Indian journal of veterinary science and animal husbandry - Volume 3,
Year: 1933
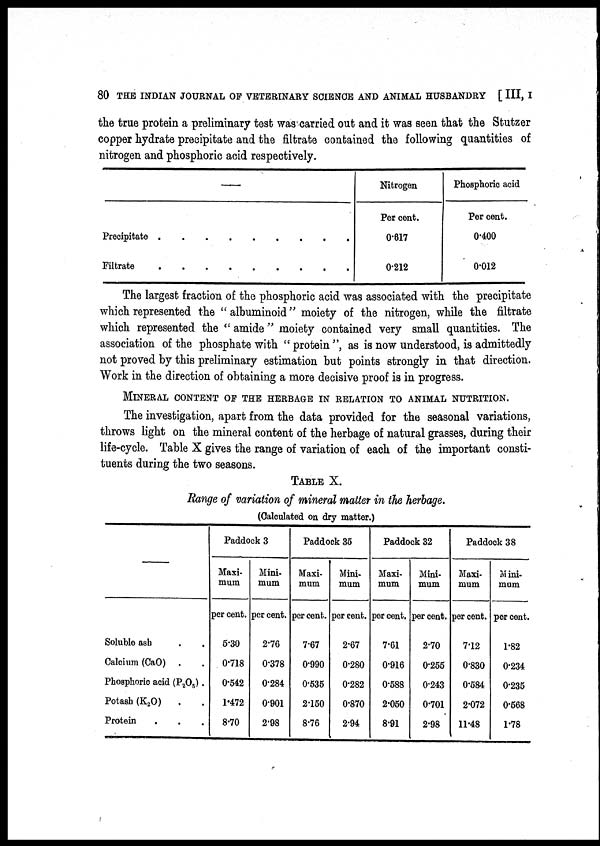
80 THE INDIAN JOURNAL OF VETERINARY SCIENCE AND ANIMAL HUSBANDRY [ III, I
the true protein a preliminary test was carried out and it was seen that the Stutzer
copper hydrate precipitate and the filtrate contained the following quantities of
nitrogen and phosphoric acid respectively.
—
Precipitate.........
Filtrate.........
Nitrogen
Per cent.
0.617
0.212
Phosphoric acid
Per cent.
0.400
0.012
The largest fraction of the phosphoric acid was associated with the precipitate
which represented the "albuminoid" moiety of the nitrogen, while the filtrate
which represented the " amide " moiety contained very small quantities. The
association of the phosphate with "protein", as is now understood, is admittedly
not proved by this preliminary estimation but points strongly in that direction.
Work in the direction of obtaining a more decisive proof is in progress.
MINERAL CONTENT OF THE HERBAGE IN RELATION TO ANIMAL NUTRITION.
The investigation, apart from the data provided for the seasonal variations,
throws light on the mineral content of the herbage of natural grasses, during their
life-cycle. Table X gives the range of variation of each of the important consti-
tuents during the two seasons.
TABLE X.
Range of variation of mineral matter in the herbage.
(Calculated on dry matter.)
—
Soluble ash . .
Calcium (CaO) . .
Phosphoric acid (P 2 O 5 ).
Potash (K 2 O)
. .
Protein . . .
Paddock 3
Maxi-
mum
per cent.
5.30
0.718
0.542
1.472
8.70
Mini-
mum
per cent.
2.76
0.378
0.284
0.901
2.98
Paddock 35
Maxi-
mum
per cent.
7.67
0.990
0.535
2.150
8.76
Mini-
mum
per cent.
2.67
0.280
0.282
0.870
2.94
Paddock 32
Maxi-
mum
per cent.
7.61
0.916
0.588
2.050
8.91
Mini-
mum
per cent.
2.70
0.255
0.243
0.701
2.98
Paddock 38
Maxi-
mum
per cent.
7.12
0.830
0.584
2.072
11.48
Mini-
mum
per cent.
1.82
0.234
0.235
0.568
1.78